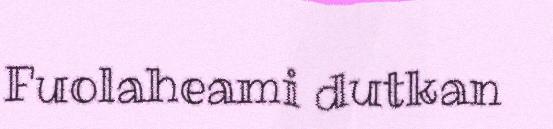
Fuolaheami dutkan